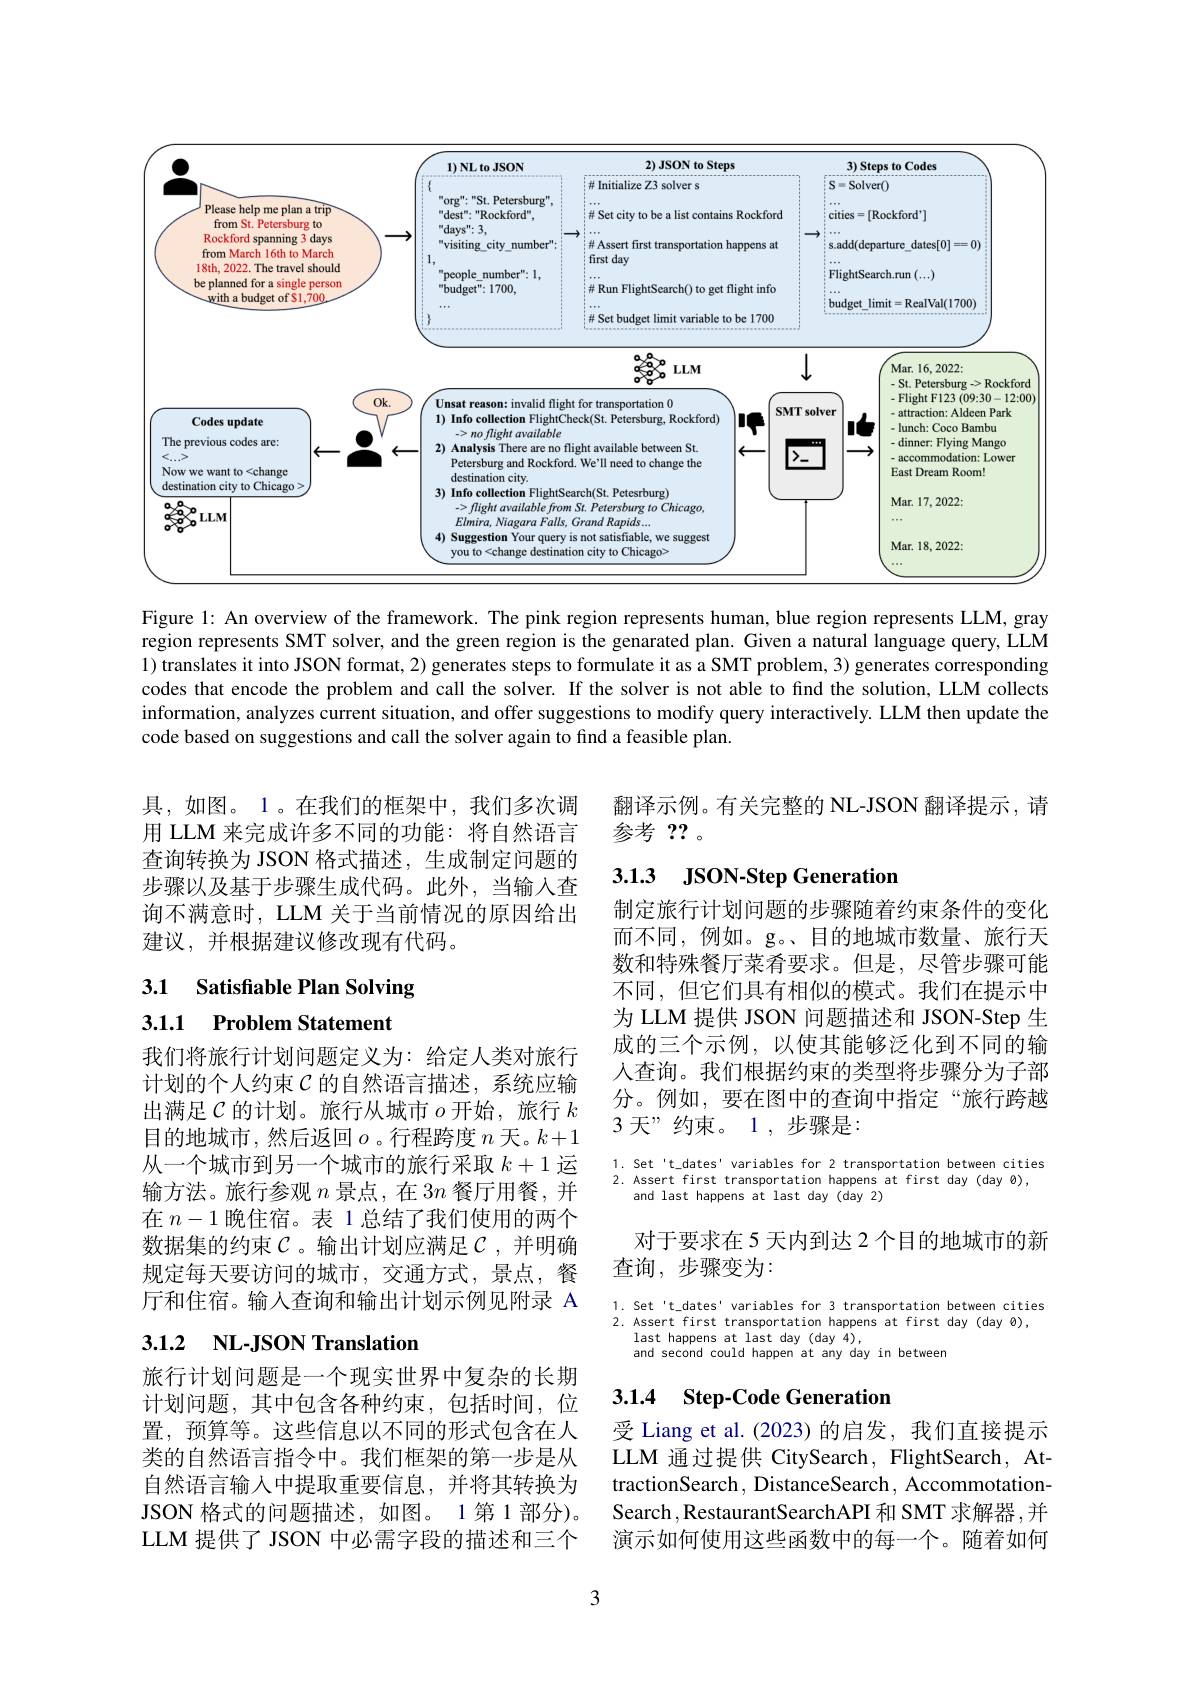
<FigureHere>

Figure 1: An overview of the framework. The pink region represents human, blue region represents LLM, gray region represents SMT solver, and the green region is the genarated plan. Given a natural language query, LLM 1) translates it into JSON format, 2) generates steps to formulate it as a SMT problem, 3) generates corresponding codes that encode the problem and call the solver. If the solver is not able to find the solution, LLM collects information, analyzes current situation, and offer suggestions to modify query interactively. LLM then update the code based on suggestions and call the solver again to find a feasible plan.

翻译示例。有关完整的 NL-JSON 翻译提示，请
参考？?

具，如图。1。在我们的框架中，我们多次调用 LLM 来完成许多不同的功能：将自然语言查询转换为 JSON 格式描述，生成制定问题的步骤以及基于步骤生成代码。此外，当输入查询不满意时，LLM 关于当前情况的原因给出建议，并根据建议修改现有代码。

## 3.1.3 JSON-Step Generatior

# 3.1 Satisfiable Plan Solving 3.1.1 Problem Statement

制定旅行计划问题的步骤随着约束条件的变化而不同，例如。g。、目的地城市数量、旅行天数和特殊餐厅菜肴要求。但是，尽管步骤可能不同，但它们具有相似的模式。我们在提示中为 LLM 提供 JSON 问题描述和 JSON-Step 生成的三个示例，以使其能够泛化到不同的输人查询。我们根据约束的类型将步骤分为子部分。例如，要在图中的查询中指定“旅行跨越3 天”约束。1 ,步骤是：

我们将旅行计划问题定义为：给定人类对旅行计划的个人约束$\mathcal{C}$ 的自然语言描述，系统应输出满足$\mathcal{C}$的计划。旅行从城市$o$开始，旅行$k$ 目的地城市，然后返回$o$。行程跨度 $n$ 天。$k+1$ 从一个城市到另一个城市的旅行采取$k+1$运输方法。旅行参观$n$景点，在$3n$餐厅用餐，并在$n-1$晚住宿。表 1 总结了我们使用的两个数据集的约束$\mathcal{C}$。输出计划应满足$\mathcal{C}$,并明确规定每天要访问的城市，交通方式，景点，餐厅和住宿。输入查询和输出计划示例见附录 A

1. Set't\_dates'variables for 2 transportation between cities 2. Assert first transportation happens at first day(day $\theta)$,
and last happens at last day(day 2)

对于要求在 5 天内到达 2 个目的地城市的新
查询，步骤变为：

$\begin{array}{ll}1.\text{ Set't\_dates'variables for 3 transportation between cities}\\2.\text{ Assert first transportation happens at first day (day Ø),}\end{array}$
last happens at last day (day 4),
and second could happen at any day in between

# 3.1.2 $\textbf{NL- JSON Translation}$

### 3.1.4 $\textbf{Step- Code Generatior}$

旅行计划问题是一个现实世界中复杂的长期计划问题，其中包含各种约束，包括时间，位置，预算等。这些信息以不同的形式包含在人类的自然语言指令中。我们框架的第一步是从自然语言输入中提取重要信息，并将其转换为JSON 格式的问题描述，如图。1 第 1 部分)。LLM 提供了 JSON 中必需字段的描述和三个

受 Liang et al. (2023)的启发，我们直接提示LLM 通过提供 CitySearch, FlightSearch, AttractionSearch, DistanceSearch, AccommotationSearch ,RestaurantSearchAPI 和 SMT 求解器 ,并演示如何使用这些函数中的每一个。随着如何

3